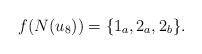
LaTeX: \begin{align*}f(N(u_8))=\{1_a,2_a,2_b\}.\end{align*}